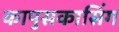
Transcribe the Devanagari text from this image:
कापुसकासिंग